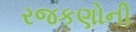
રજકણોની